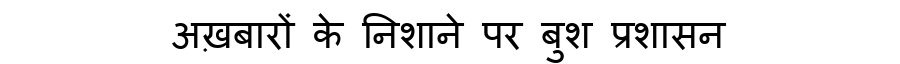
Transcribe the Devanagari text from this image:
अख़बारों के निशाने पर बुश प्रशासन